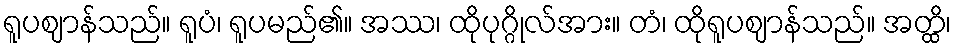
ရူပဈာန်သည်။ ရူပံ၊ ရူပမည်၏။ အဿ၊ ထိုပုဂ္ဂိုလ်အား။ တံ၊ ထိုရူပဈာန်သည်။ အတ္ထိ၊